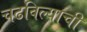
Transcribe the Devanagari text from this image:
चढविल्याची